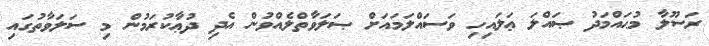
ރަސޫލާ މުޙައްމަދު ޞައްލަ ޢަލައިހި ވަސައްލަމައަށް ޞަލަވާތްލެއްވުން އެދި ދުޢާކުރަމުން މި ސަލަވާތުގައި